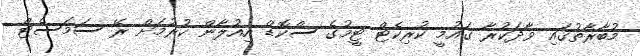
މުބާރާތުގައި ވާދަކުރާ ގައުމީ ކުރިކެޓް ޓީމުގެ ސްކޮޑް އިއުލާން ކުރުމަށް ރޭ ސަމަސެޓް